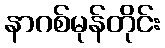
နာဂစ်မုန်တိုင်း